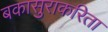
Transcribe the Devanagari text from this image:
बकासुराकरिता